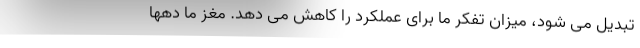
تبدیل می شود، میزان تفکر ما برای عملکرد را کاهش می دهد. مغز ما دهها